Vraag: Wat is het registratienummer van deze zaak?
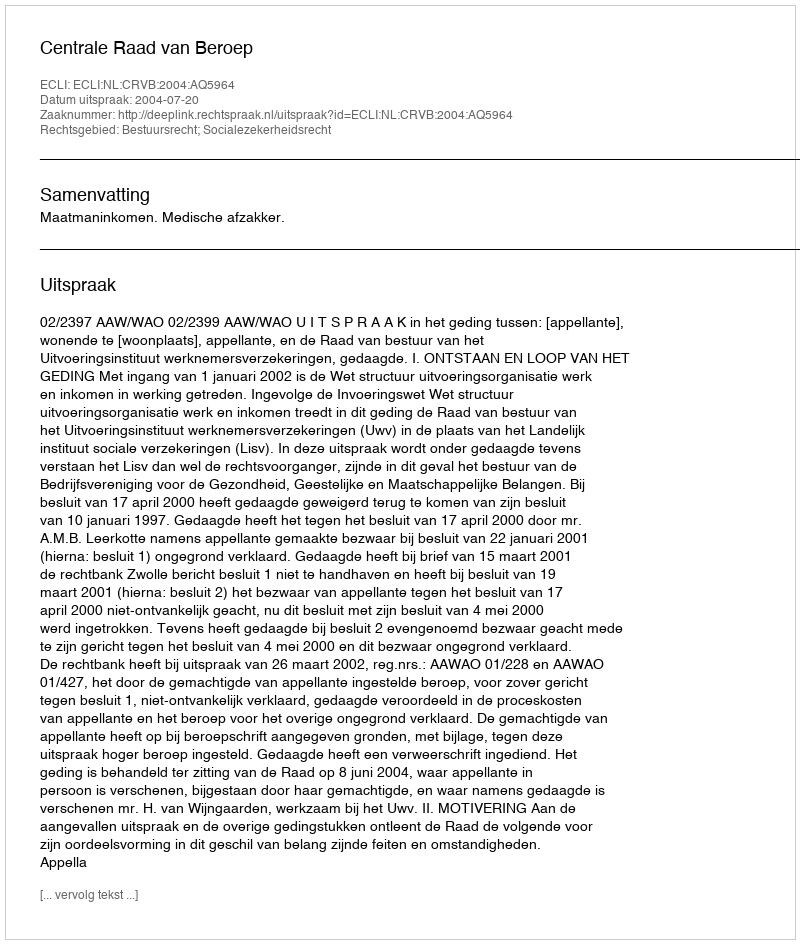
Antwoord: http://deeplink.rechtspraak.nl/uitspraak?id=ECLI:NL:CRVB:2004:AQ5964